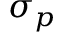
\sigma _ { p }